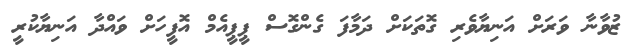
ޒުވާނާ ވަރަށް އަނިޔާވެރި ގޮތަކަށް ދަމާފަ ގެންގޮސް ޕީޕީއެމް އޮފީހަށް ވައްދާ އަނިޔާކުރީ